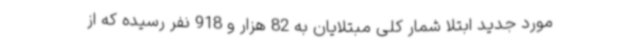
مورد جدید ابتلا شمار کلی مبتلایان به 82 هزار و 918 نفر رسیده که از